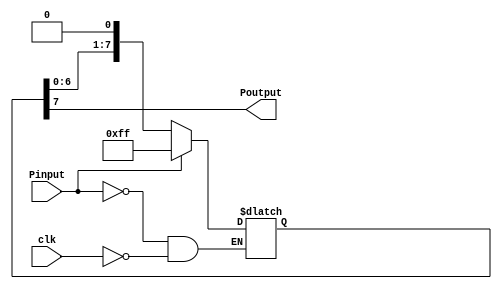
module async_to_sync_reset_shift(clk,Pinput,Poutput);
input clk;
input Pinput;
output Poutput;
parameter LENGTH =8;
parameter INPUT_POLARITY = 1'b1;
parameter OUTPUT_POLARITY= 1'b1;

reg [LENGTH-1:0] shift=0;
always @(Pinput or (clk)) begin
	if ( Pinput == INPUT_POLARITY ) begin
		shift <= {LENGTH{OUTPUT_POLARITY}};
	end
	else if (clk) begin
		shift <= {shift[LENGTH-2:0], ~OUTPUT_POLARITY};
	end
end
// Output the result on edge - helps to meet timing
//always @(posedge clk) begin
//  Poutput <= shift[LENGTH-1];
//end
assign Poutput=shift[LENGTH-1];
endmodule